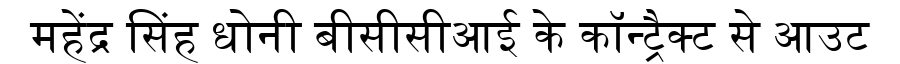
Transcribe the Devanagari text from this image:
महेंद्र सिंह धोनी बीसीसीआई के कॉन्ट्रैक्ट से आउट